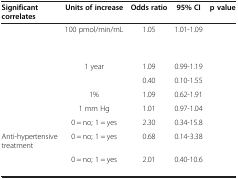
<table><thead><tr><td><b>Significant correlates</b></td><td><b>Units of increase</b></td><td><b>Odds ratio</b></td><td><b>95% CI</b></td><td><b>p value</b></td></tr></thead><tbody><tr><td>[EMPTY_CELL]</td><td>100 pmol/min/mL</td><td>1.05</td><td>1.01-1.09</td><td>[EMPTY_CELL]</td></tr><tr><td>[EMPTY_CELL]</td><td>[EMPTY_CELL]</td><td>[EMPTY_CELL]</td><td>[EMPTY_CELL]</td><td>[EMPTY_CELL]</td></tr><tr><td>[EMPTY_CELL]</td><td>1 year</td><td>1.09</td><td>0.99-1.19</td><td>[EMPTY_CELL]</td></tr><tr><td>[EMPTY_CELL]</td><td>[EMPTY_CELL]</td><td>0.40</td><td>0.10-1.55</td><td>[EMPTY_CELL]</td></tr><tr><td>[EMPTY_CELL]</td><td>1%</td><td>1.09</td><td>0.62-1.91</td><td>[EMPTY_CELL]</td></tr><tr><td>[EMPTY_CELL]</td><td>1 mm Hg</td><td>1.01</td><td>0.97-1.04</td><td>[EMPTY_CELL]</td></tr><tr><td>[EMPTY_CELL]</td><td>0 = no; 1 = yes</td><td>2.30</td><td>0.34-15.8</td><td>[EMPTY_CELL]</td></tr><tr><td>Anti-hypertensive treatment</td><td>0 = no; 1 = yes</td><td>0.68</td><td>0.14-3.38</td><td>[EMPTY_CELL]</td></tr><tr><td>[EMPTY_CELL]</td><td>0 = no; 1 = yes</td><td>2.01</td><td>0.40-10.6</td><td>[EMPTY_CELL]</td></tr></tbody></table>